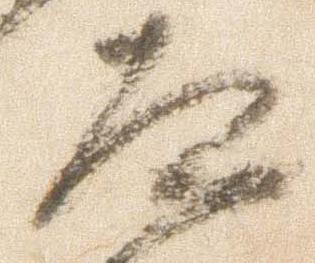
道